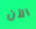
الآن